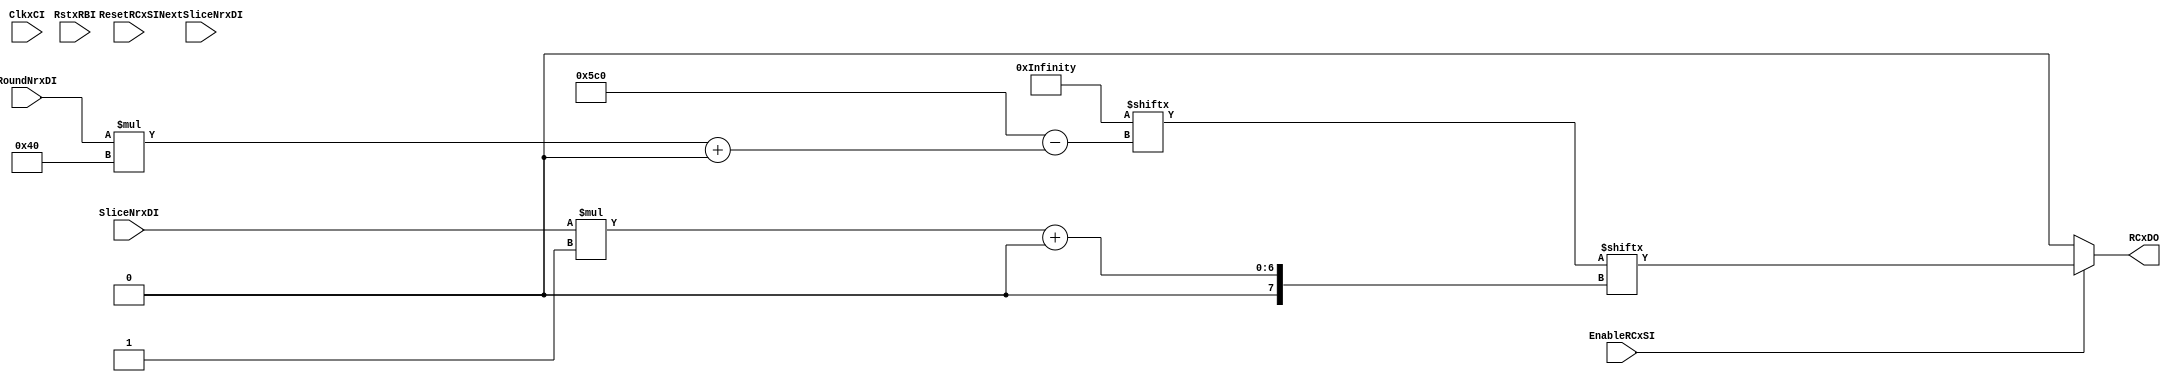
module keccak_roundconstant #(
    parameter W = 16,
    parameter COUNTER_BITWIDTH = 4,
    parameter SLICES_PARALLEL = 1,
    parameter DOM_PIPELINE = 1,
    parameter SBOX_1CYCLE = 0
)
(
    input wire ClkxCI,
    input wire RstxRBI,
    input wire[4:0] RoundNrxDI,
    input wire[COUNTER_BITWIDTH:0] SliceNrxDI,
    input wire[COUNTER_BITWIDTH:0] NextSliceNrxDI,
    input wire ResetRCxSI,
    input wire EnableRCxSI,
    output reg[SLICES_PARALLEL-1:0] RCxDO
    );

generate begin

if(0 && SLICES_PARALLEL == 1 && W == 64) begin

    reg[7:0] RC_LFSRxDP, RC_LFSRxDN;
    reg RC_ZeroxSP, RC_ZeroxSN;
    always @(posedge ClkxCI or negedge RstxRBI) begin
        if(~RstxRBI) begin
            RC_LFSRxDP <= 8'h01;
            RC_ZeroxSP <= 0;
        end
        else begin
            RC_LFSRxDP <= RC_LFSRxDN;
            RC_ZeroxSP <= RC_ZeroxSN;
        end
    end

    always @(*) begin : LFSR_UPDATE
        reg[7:0] r;
        reg[COUNTER_BITWIDTH:0] tmp;

        tmp = {COUNTER_BITWIDTH{1'b0}};
        if(DOM_PIPELINE)
            tmp = (SliceNrxDI == 0) ? 0 : (SliceNrxDI - 1);
        else if(!SBOX_1CYCLE)
            tmp = NextSliceNrxDI >> 1;
        else
            tmp = NextSliceNrxDI;

        RC_ZeroxSN = (tmp == 0) | (tmp == 1) | (tmp == 3) | (tmp == 7) | (tmp == 15)
                    | (tmp == 31) | (tmp == 63);

        r = RC_LFSRxDP;
        RC_LFSRxDN = RC_LFSRxDP;

        if(ResetRCxSI) begin
            RC_LFSRxDN = 8'h01;
        end
        else if(EnableRCxSI) begin
            if (RC_ZeroxSP) begin
                RC_LFSRxDN[7] = r[6] ^ r[5] ^ r[4] ^ r[0];
                RC_LFSRxDN[6:0] = r[7:1];
            end
        end

        RCxDO[0] = RC_LFSRxDP[0] & RC_ZeroxSP;//next;
    end
end
else begin

    wire[0:24*64-1] RC = {
        64'h0000000000000001, 64'h0000000000008082, 64'h800000000000808A, 64'h8000000080008000,
        64'h000000000000808B, 64'h0000000080000001, 64'h8000000080008081, 64'h8000000000008009,
        64'h000000000000008A, 64'h0000000000000088, 64'h0000000080008009, 64'h000000008000000A,
        64'h000000008000808B, 64'h800000000000008B, 64'h8000000000008089, 64'h8000000000008003,
        64'h8000000000008002, 64'h8000000000000080, 64'h000000000000800A, 64'h800000008000000A,
        64'h8000000080008081, 64'h8000000000008080, 64'h0000000080000001, 64'h8000000080008008
    };

    always @(*) begin : SELECT_ROUND_CONSTANT
        integer i;
        reg[63:0] current_rc;
        i = SliceNrxDI;
        if(DOM_PIPELINE)
            i = SliceNrxDI;
        else if(!SBOX_1CYCLE)
            i = i >> 1; // 2 cycles per iteration if DOM is applied and the inner domain register isn't clocked with the negative clock edge
        current_rc = RC[RoundNrxDI*64 +: 64];
        RCxDO = EnableRCxSI ? current_rc[i*SLICES_PARALLEL +: SLICES_PARALLEL] : 64'h0;
    end

end
end endgenerate


endmodule